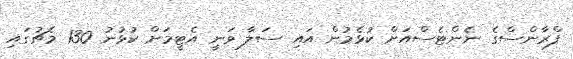
ފްރާންސްގެ ނެންޓެސްއަށް ކުޅެމުން އައި ސަލާ ވަނީ އެޓީމަށް ކުޅުނު 130 މެޗުގައި